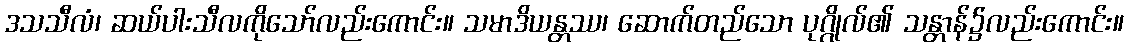
ဒသသီလံ၊ ဆယ်ပါးသီလကိုသော်လည်းကောင်း။ သမာဒိယန္တဿ၊ ဆောက်တည်သော ပုဂ္ဂိုလ်၏ သန္တာန်၌လည်းကောင်း။